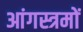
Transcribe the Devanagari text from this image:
आंगस्त्रमों